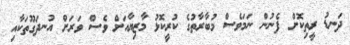
ދަނޑު ރީތިކޮށް ފެނުން ނަމަވެސް މުބާރާތުގެ ކުރީކޮޅު މާޒިޔާއަށް ވެސް ވަރަށް އުނދަގޫތަކާއި